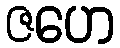
ဇဟေ